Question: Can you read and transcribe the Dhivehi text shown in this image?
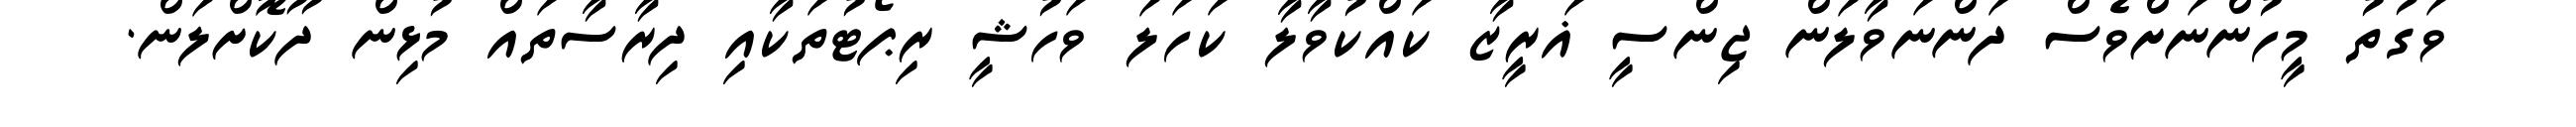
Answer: ވަގުތު މީހުންނަށްވެސް ދަންނަވާލަން ޖިންސީ ޣަރީޒާ ކައްކުވާލާ ކަހަލަ ވަހުޝީ ރިޕޯޓުތަކާއި ދިރާސާތައް މުޅިން ދޫކޮށްލަން.